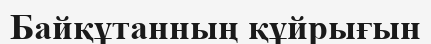
Байқұтанның құйрығын